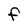
Character: F